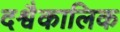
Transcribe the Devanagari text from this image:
दश्वैकालिक